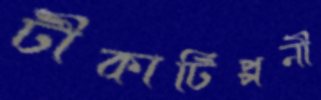
টীকাটিপ্পনী